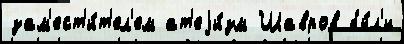
зам'ест'и́т'ел'ем ат'еjи́зм Шавров бы́л'и